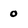
Character: 0